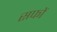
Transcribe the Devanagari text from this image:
सफों